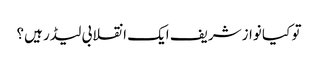
تو کیا نوازشریف ایک انقلابی لیڈر ہیں؟